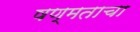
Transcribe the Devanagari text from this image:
षण्मताचा